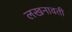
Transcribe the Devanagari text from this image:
लखनावती